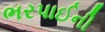
ભરપાઈની